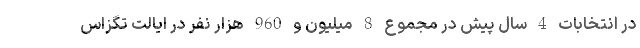
در انتخابات 4 سال پیش در مجموع 8 میلیون و 960 هزار نفر در ایالت تگزاس